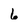
Character: 6